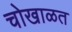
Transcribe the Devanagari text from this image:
चोखाळत